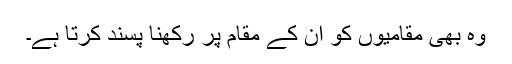
وہ بھی مقامیوں کو ان کے مقام پر رکھنا پسند کرتا ہے۔